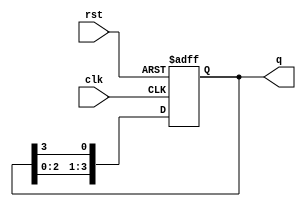
module ring_counter (
    input wire clk,      // Clock input
    input wire rst,      // Reset input
    output reg [3:0] q   // 4-bit output representing the state of the counter
);

    // Initial state on reset
    always @(posedge clk or posedge rst) begin
        if (rst) begin
            q <= 4'b1000; // Set initial state to 1000
        end else begin
            // Shift the '1' to the right
            q <= {q[2:0], q[3]}; // Rotate the bits to the right
        end
    end

endmodule